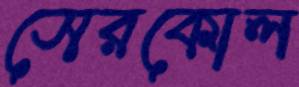
সেরকোল